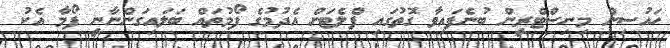
ހައުސިން މިނިސްޓްރީން ބުނެފައިވާ ގޮތުގައި ފްލެޓަށް އެދުމުގެ ފޯމުތައް ބަލައިގަންނާނީ ފޯމާ އެކު